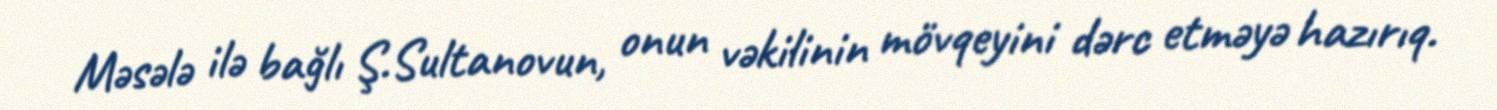
Məsələ ilə bağlı Ş.Sultanovun, onun vəkilinin mövqeyini dərc etməyə hazırıq.